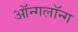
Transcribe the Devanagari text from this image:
ऑन्गलॉन्ग